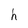
Character: h